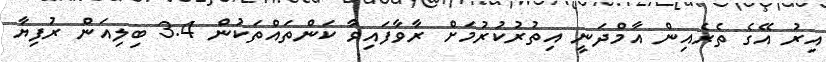
އިރު އޭގެ ތެރެއިން އާމްދަނީ އިތުރުކުރުމަށް ރާވާފައިވާ ކަންތައްތަކުން 3.4 ބިލިއަން ރުފިޔާ